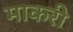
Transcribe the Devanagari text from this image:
माकरी